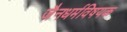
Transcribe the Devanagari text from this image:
जैनधर्मविषयक